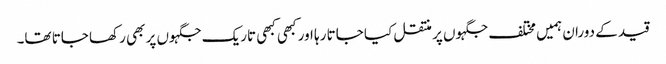
قید کے دوران ہمیں مختلف جگہوں پر منتقل کیا جاتا رہا اور کبھی کبھی تاریک جگہوں پر بھی رکھا جاتا تھا۔